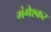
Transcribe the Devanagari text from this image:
मंगेश्कर